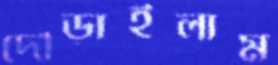
দৌড়াইলাম